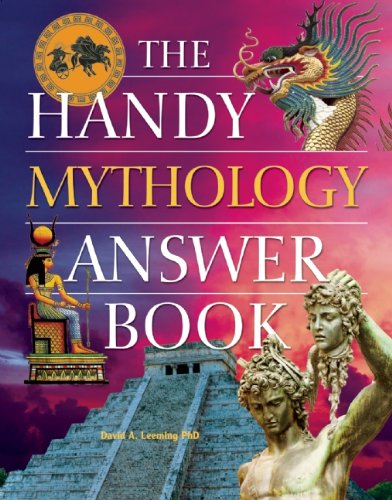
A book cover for The Handy Mythology Answer Book (The Handy Answer Book Series); David A. Leeming; Politics & Social Sciences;